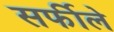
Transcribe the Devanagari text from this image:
सर्फीले